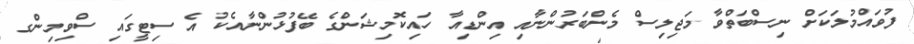
ފުވައްމުލަކަށް ނިސްބަތްވާ މަޖިލިސް މެންބަރުންނާއި އިންޑިއާ ހައިކޮމިޝަންގެ ބޭފުޅުންނާއެކު އެ ސިޓީގައި ސްވިމިންގ